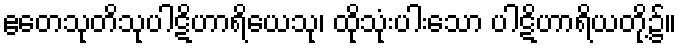
ဧတေသုတိသုပါဋိဟာရိယေသု၊ ထိုသုံးပါးသော ပါဋိဟာရိယတို့၌။